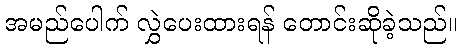
အမည်ပေါက် လွှဲပေးထားရန် တောင်းဆိုခဲ့သည်။